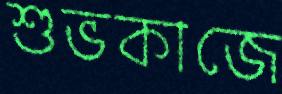
শুভকাজে